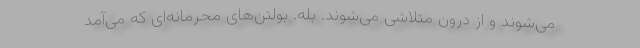
می‌شوند و از درون متلاشی می‌شوند. بله. بولتن‌های محرمانه‌ای که می‌آمد